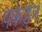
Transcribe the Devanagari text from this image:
पकड़न